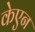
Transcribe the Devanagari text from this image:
केएन